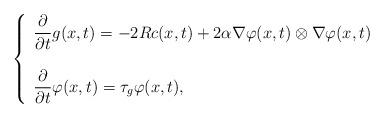
LaTeX: \begin{align*}\left \{ \begin{array}{l}\displaystyle \frac{\partial}{\partial t} g(x ,t) = - 2 Rc(x ,t) + 2 \alpha \nabla \varphi(x ,t) \otimes \nabla \varphi(x ,t)\\ \ \\\displaystyle \frac{\partial}{\partial t} \varphi(x ,t) = \tau_g \varphi(x ,t),\end{array} \right.\end{align*}